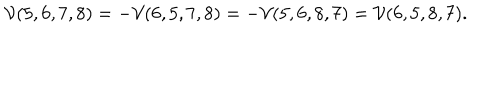
\mathcal V ( 5 , 6 , 7 , 8 ) = - \mathcal V ( 6 , 5 , 7 , 8 ) = - \mathcal V ( 5 , 6 , 8 , 7 ) = \mathcal V ( 6 , 5 , 8 , 7 ) .